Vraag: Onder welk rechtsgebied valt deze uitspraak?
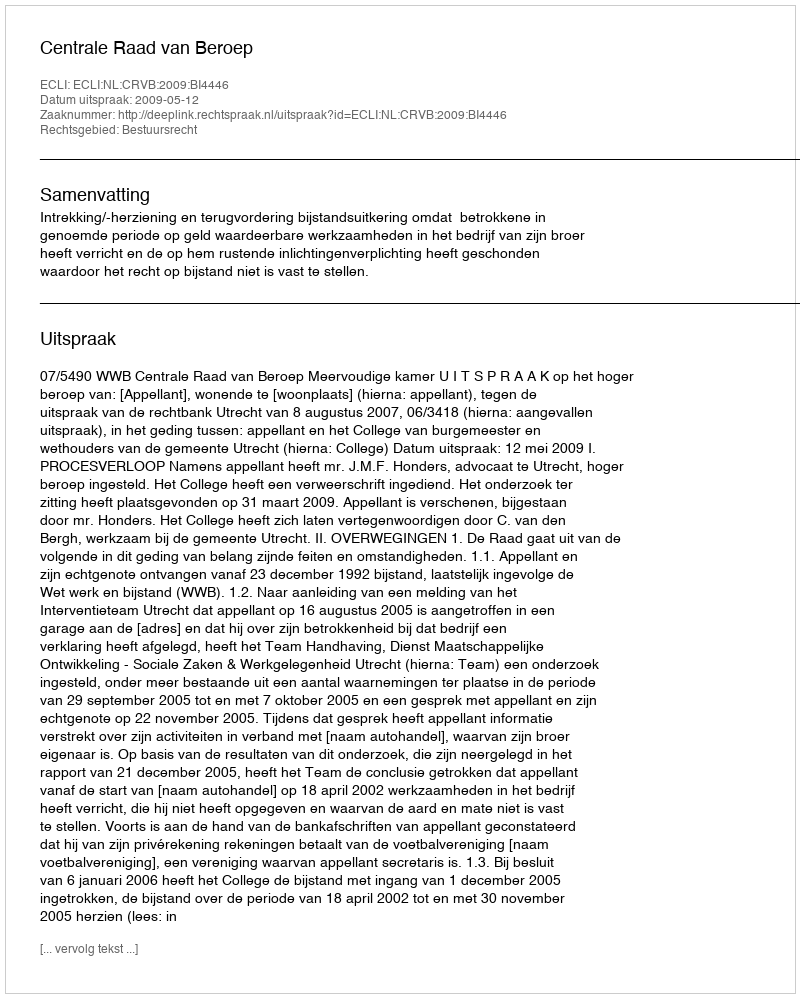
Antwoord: Bestuursrecht